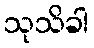
သုသိခါ